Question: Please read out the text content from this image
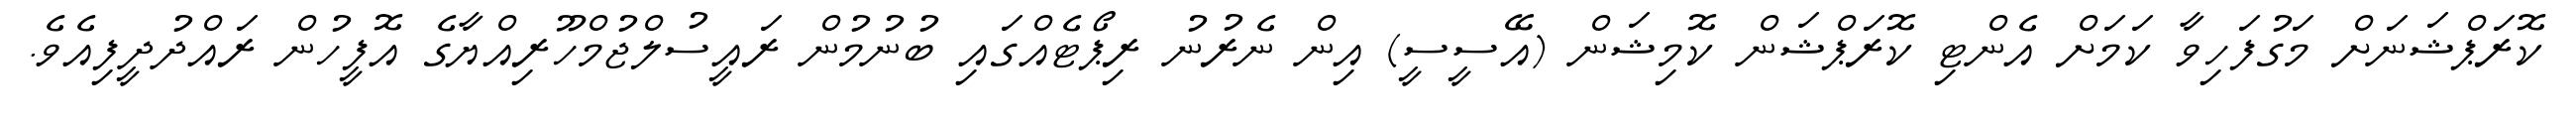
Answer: ކޮރަޕްޝަނަށް މަގުފަހިވާ ކަމަށް އެންޓި ކޮރަޕްޝަން ކޮމިޝަން (އޭސީސީ) އިން ނެރުނު ރިޕޯޓެއްގައި ބުނުމުން ރައީސުލްޖުމްހޫރިއްޔާގެ އޮފީހުން ރައްދުދީފިއެވެ.